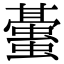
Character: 𧒤